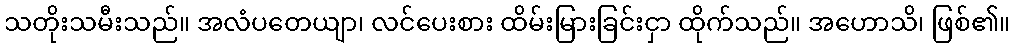
သတိုးသမီးသည်။ အလံပတေယျာ၊ လင်ပေးစား ထိမ်းမြားခြင်းငှာ ထိုက်သည်။ အဟောသိ၊ ဖြစ်၏။